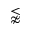
\lnapprox